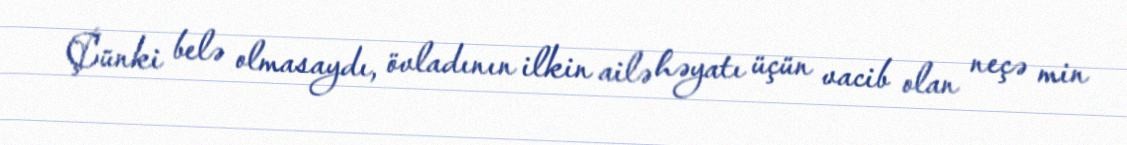
Çünki belə olmasaydı, övladının ilkin ailə həyatı üçün vacib olan neçə min